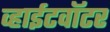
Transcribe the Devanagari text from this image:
व्हाईटवॉटर